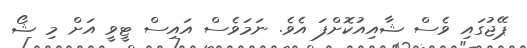
ޕޭޖުގައި ވެސް ޝާއިއުކޮށްފަ އެވެ. ނަމަވެސް އައިސް ޓީވީ އަށް މި ޝޯ